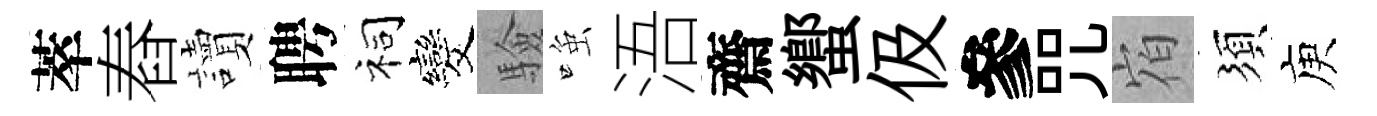
萃舂讀聘祠发驗𫪻浯齋蠁伋參咒𪧐須庾